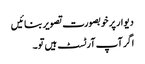
دیوار پر خوبصورت تصویر بنائیں
اگر آپ آرٹسٹ ہیں تو۔